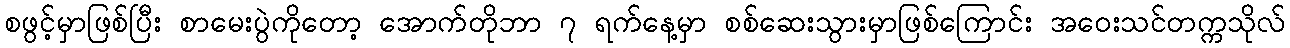
စဖွင့်မှာဖြစ်ပြီး စာမေးပွဲကိုတော့ အောက်တိုဘာ ၇ ရက်နေ့မှာ စစ်ဆေးသွားမှာဖြစ်ကြောင်း အဝေးသင်တက္ကသိုလ်